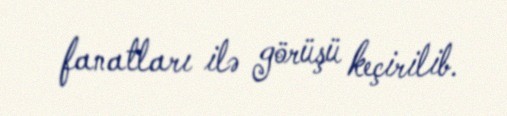
fanatları ilə görüşü keçirilib.